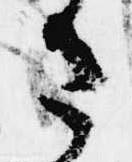
さ